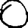
Digit: 0